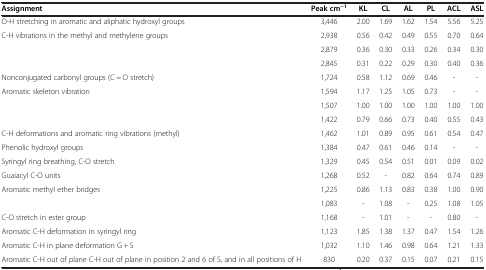
<table><thead><tr><td><b>Assignment</b></td><td><b>Peak cm<sup>-1</sup></b></td><td><b>KL</b></td><td><b>CL</b></td><td><b>AL</b></td><td><b>PL</b></td><td><b>ACL</b></td><td><b>ASL</b></td></tr></thead><tbody><tr><td>O-H stretching in aromatic and aliphatic hydroxyl groups</td><td>3,446</td><td>2.00</td><td>1.69</td><td>1.62</td><td>1.54</td><td>5.56</td><td>5.25</td></tr><tr><td>C-H vibrations in the methyl and methylene groups</td><td>2,938</td><td>0.56</td><td>0.42</td><td>0.49</td><td>0.55</td><td>0.70</td><td>0.64</td></tr><tr><td> </td><td>2,879</td><td>0.36</td><td>0.30</td><td>0.33</td><td>0.26</td><td>0.34</td><td>0.30</td></tr><tr><td> </td><td>2,845</td><td>0.31</td><td>0.22</td><td>0.29</td><td>0.30</td><td>0.40</td><td>0.36</td></tr><tr><td>Nonconjugated carbonyl groups (C = O stretch)</td><td>1,724</td><td>0.58</td><td>1.12</td><td>0.69</td><td>0.46</td><td>-</td><td>-</td></tr><tr><td>Aromatic skeleton vibration</td><td>1,594</td><td>1.17</td><td>1.25</td><td>1.05</td><td>0.73</td><td>-</td><td>-</td></tr><tr><td> </td><td>1,507</td><td>1.00</td><td>1.00</td><td>1.00</td><td>1.00</td><td>1.00</td><td>1.00</td></tr><tr><td> </td><td>1,422</td><td>0.79</td><td>0.66</td><td>0.73</td><td>0.40</td><td>0.55</td><td>0.43</td></tr><tr><td>C-H deformations and aromatic ring vibrations (methyl)</td><td>1,462</td><td>1.01</td><td>0.89</td><td>0.95</td><td>0.61</td><td>0.54</td><td>0.47</td></tr><tr><td>Phenolic hydroxyl groups</td><td>1,384</td><td>0.47</td><td>0.61</td><td>0.46</td><td>0.14</td><td>-</td><td>-</td></tr><tr><td>Syringyl ring breathing, C-O stretch</td><td>1,329</td><td>0.45</td><td>0.54</td><td>0.51</td><td>0.01</td><td>0.09</td><td>0.02</td></tr><tr><td>Guaiacyl C-O units</td><td>1,268</td><td>0.52</td><td>-</td><td>0.82</td><td>0.64</td><td>0.74</td><td>0.89</td></tr><tr><td>Aromatic methyl ether bridges</td><td>1,225</td><td>0.86</td><td>1.13</td><td>0.83</td><td>0.38</td><td>1.00</td><td>0.90</td></tr><tr><td> </td><td>1,083</td><td>-</td><td>1.08</td><td>-</td><td>0.25</td><td>1.08</td><td>1.05</td></tr><tr><td>C-O stretch in ester group</td><td>1,168</td><td>-</td><td>1.01</td><td>-</td><td>-</td><td>0.80</td><td>-</td></tr><tr><td>Aromatic C-H deformation in syringyl ring</td><td>1,123</td><td>1.85</td><td>1.38</td><td>1.37</td><td>0.47</td><td>1.54</td><td>1.26</td></tr><tr><td>Aromatic C-H in plane deformation G + S</td><td>1,032</td><td>1.10</td><td>1.46</td><td>0.98</td><td>0.64</td><td>1.21</td><td>1.33</td></tr><tr><td>Aromatic C-H out of plane C-H out of plane in position 2 and 6 of S, and in all positions of H</td><td>830</td><td>0.20</td><td>0.37</td><td>0.15</td><td>0.07</td><td>0.21</td><td>0.15</td></tr></tbody></table>